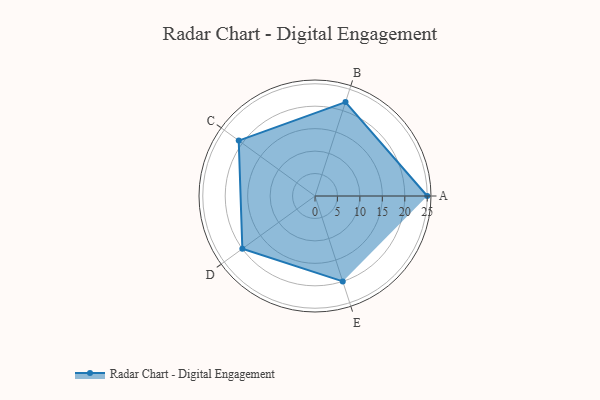
{"axis": {"x": "Skill", "y": "Score"}, "legend": ["Profile"], "data": [{"x": "A", "y": 25.0, "type": "Profile"}, {"x": "B", "y": 22.0, "type": "Profile"}, {"x": "C", "y": 21.0, "type": "Profile"}, {"x": "D", "y": 20, "type": "Profile"}, {"x": "E", "y": 20, "type": "Profile"}]}